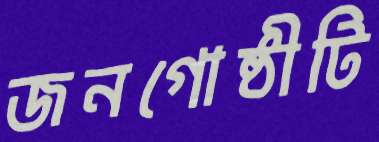
জনগোষ্ঠীটি